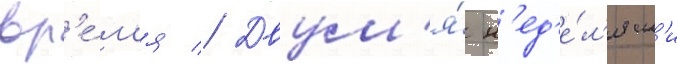
вр'е́м'я // Двум'я́ н'ед'е́л'ям'и